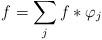
LaTeX: \begin{align*} f=\sum\limits_j f*\varphi_j\end{align*}